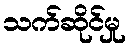
သက်ဆိုင်မှု